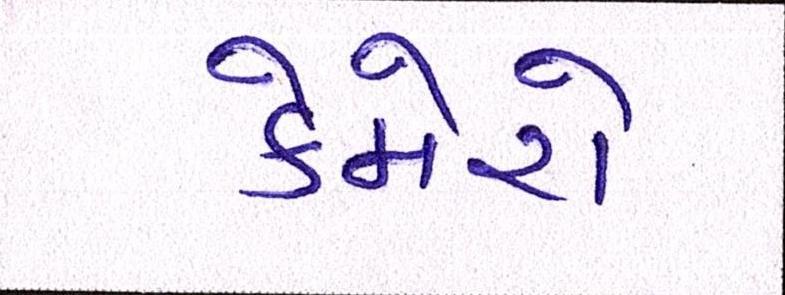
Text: કેમેરો